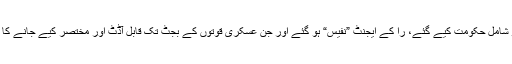
وہ تمام پارٹیاں جو ملک کی دولت کی لوٹا لاٹی میں شریک تھیں ان کے سارے ڈاکو شامل حکومت کیے گئے، را کے ایجنٹ ”نفیس“ ہو گئے اور جن عسکری قوتوں کے بجٹ تک قابل آڈٹ اور مختصر کیے جانے کا شور تھا وہ سارا شور سمندر کے طوفان کی طرح اٹھا اور جھاگ کی طرح بیٹھ گیا۔